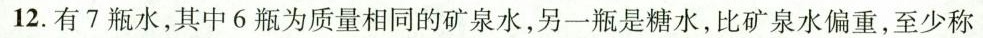
2.有7瓶水，其中6瓶为质量相同的矿泉水，另一瓶是糖水，比矿泉水偏重，至少称